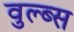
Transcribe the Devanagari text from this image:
वुल्ब्स